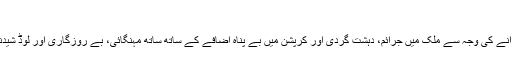
اداروں کی بدنامی
نااہل اور کرپٹ لوگوں کے برسر اقتدار آنے کی وجہ سے ملک میں جرائم، دہشت گردی اور کرپشن میں بے پناہ اضافے کے ساتھ ساتھ مہنگائی، بے روزگاری اور لوڈ شیدنگ جیسے مسائل بے قابو ہو جاتے ہیں۔